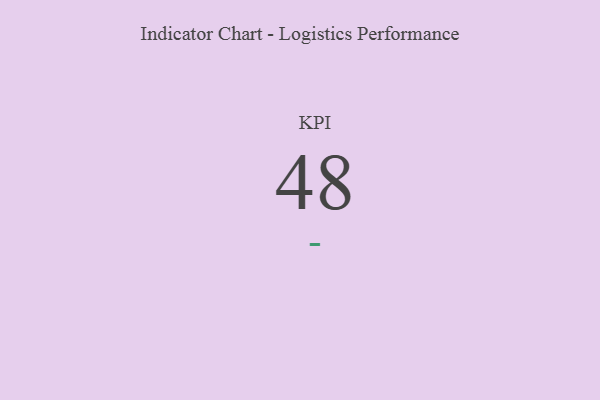
{"axis": {"x": "KPI", "y": "Value"}, "legend": [""], "data": [{"x": "KPI", "y": 48, "type": ""}]}